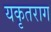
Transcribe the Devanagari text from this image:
यकृतराग